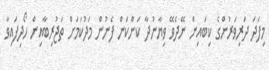
މިފަދަ ދަރިވަރުންގެ ކިބައިން ނޭދެވޭ ވިޔާނުދާ ކަންކަން ފެނުން މަދުކަމަށް ތަޖުރިބާއިން ހޯދިފައިވާ